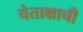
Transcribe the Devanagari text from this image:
चेताक्षाची